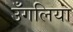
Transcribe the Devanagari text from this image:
उँगलिया